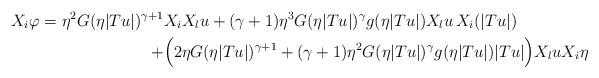
LaTeX: \begin{align*} X_i\varphi = \eta^2G(\eta |Tu|)^{\gamma+1} &X_iX_lu + (\gamma+1)\eta^3 G(\eta |Tu|)^{\gamma}g(\eta |Tu|)X_lu\,X_i(|Tu|)\\ + &\Big(2\eta G(\eta |Tu|)^{\gamma+1} +(\gamma+1)\eta^2 G(\eta |Tu|)^{\gamma}g(\eta |Tu|)|Tu|\Big) X_lu X_i\eta \end{align*}